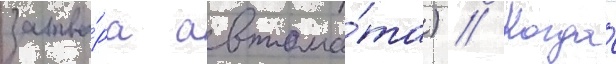
затво́ра автома́та) // Когда́